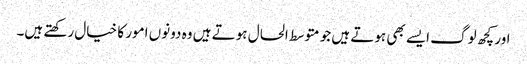
اور کچھ لوگ ایسے بھی ہوتے ہیں جو متوسط الحال ہوتے ہیں وہ دونوں امور کا خیال رکھتے ہیں۔